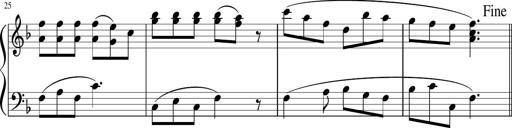
Title: 12 Keyboard Sonatinas
Composer: James Hook